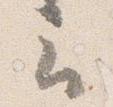
云